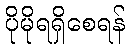
ပိုမိုရရှိစေရန်